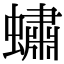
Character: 蟰